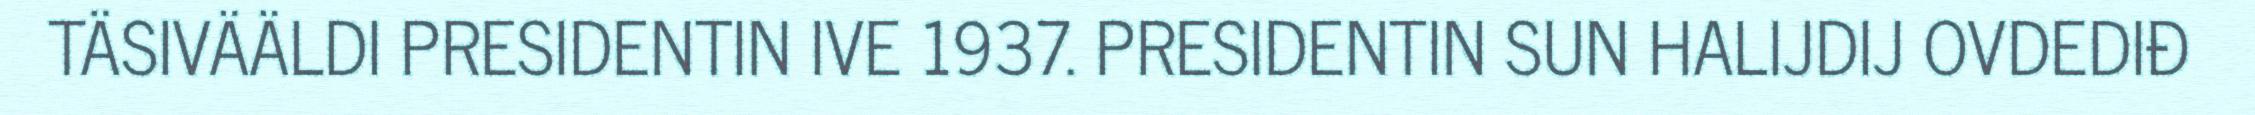
TÄSIVÄÄLDI PRESIDENTIN IVE 1937. PRESIDENTIN SUN HALIJDIJ OVDEDIĐ